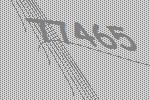
77465